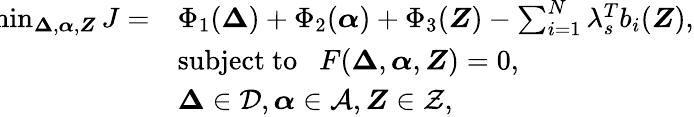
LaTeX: \begin{array}{rl}{\! \! \! \operatorname*{min}_{\boldsymbol{\Delta},\boldsymbol{\alpha},\boldsymbol{Z}}J=}&{\Phi_{1}(\boldsymbol{\Delta})+\Phi_{2}(\boldsymbol{\alpha})+\Phi_{3}(\boldsymbol{Z})-\sum_{i=1}^{N}\lambda_{s}^{T}b_{i}(\boldsymbol{Z}),}\\ &{\mathrm{subject~to~}\; \ F(\boldsymbol{\Delta},\boldsymbol{\alpha},\boldsymbol{Z})=0,}\\ &{\boldsymbol{\Delta}\in\mathcal{D},\boldsymbol{\alpha}\in\mathcal{A},\boldsymbol{Z}\in\mathcal{Z},}\end{array}